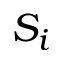
S _ { i }